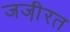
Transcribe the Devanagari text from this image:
जजी़रत